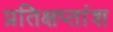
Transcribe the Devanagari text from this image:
प्रतिक्षप्तांश